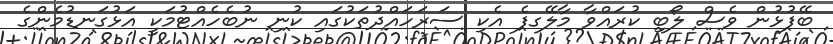
ބޭފުޅުން ވެސް ލޯބި ކުރައްވާ މާލޭގފެ އެކި ސަރަހައްދުތަކުގައި ކުނި ނުބެހެއްޓުމަކީ އަޅުގަނޑުމެންގެ